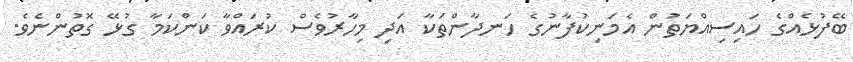
ބޭފުޅެއްގެ ހައިސިއްޔަތުން އެމަނިކުފާނުގެ ހަނދާންތަކާ އަދި މިހާރުވެސް ކުރައްވާ ކަންކަމާ ގުޅޭ ގޮތުންނެވެ.